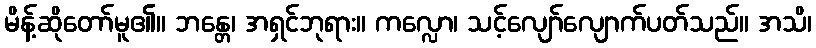
မိန့်ဆိုတော်မူ၏။ ဘန္တေ၊ အရှင်ဘုရား။ ကလ္လော၊ သင့်လျော်လျောက်ပတ်သည်။ အသိ၊